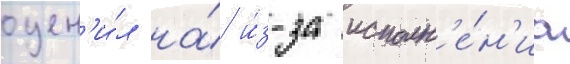
оцен'и́л на́ и́з-за исполн'е́н'иа